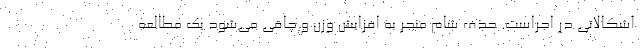
اشکالاتی در اجراست. حذف شام منجر به افزایش وزن و چاقی می‌شود یک مطالعه